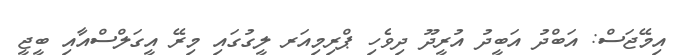
އިމޭޖަސް: އަބްދު އަބީދު އުރީދޫ ދިވެހި ޕްރިމިއަރ ލީގުގައި މިރޭ އީގަލްސްއާއި ބީޖީ